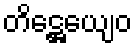
တိဋ္ဌေယျေဝ